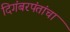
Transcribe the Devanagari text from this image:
दिगंबरपंतांचा